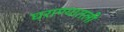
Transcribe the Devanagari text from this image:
घराण्यातली